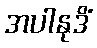
အပါနုဒိံ